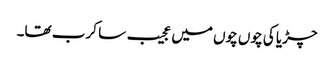
چڑیا کی چوں چوں میں عجیب سا کرب تھا۔